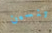
تنسين